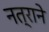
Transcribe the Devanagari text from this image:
नत्राने